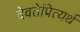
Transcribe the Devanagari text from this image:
देवतेप्रित्यर्थ